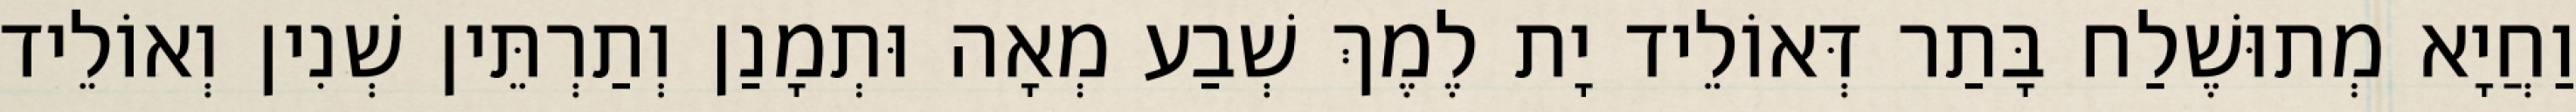
וַחֲיָא מְתוּשֶׁלַח בָּתַר דְּאוֹלֵיד יָת לֶמֶךְ שְׁבַע מְאָה וּתְמָנַן וְתַרְתֵּין שְׁנִין וְאוֹלֵיד